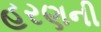
હરણની